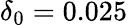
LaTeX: \delta_{0}=0.025